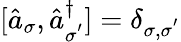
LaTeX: [\hat{a}_{\sigma},\hat{a}_{\sigma^{'}}^{\dagger}]=\delta_{{\sigma},{\sigma}^{'}}